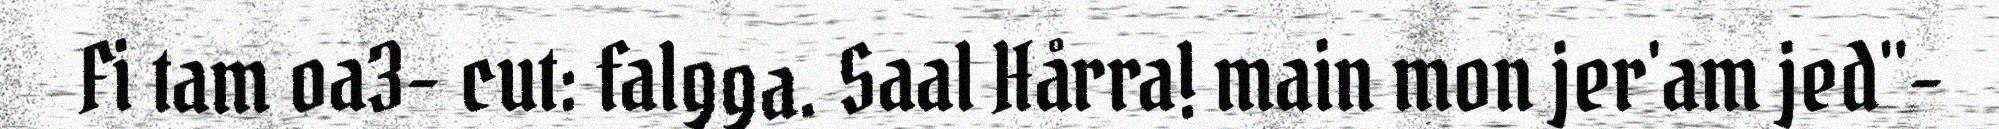
Fi tam oa3- cut: falgga. Saal Hårra! main mon jer'am jed"-